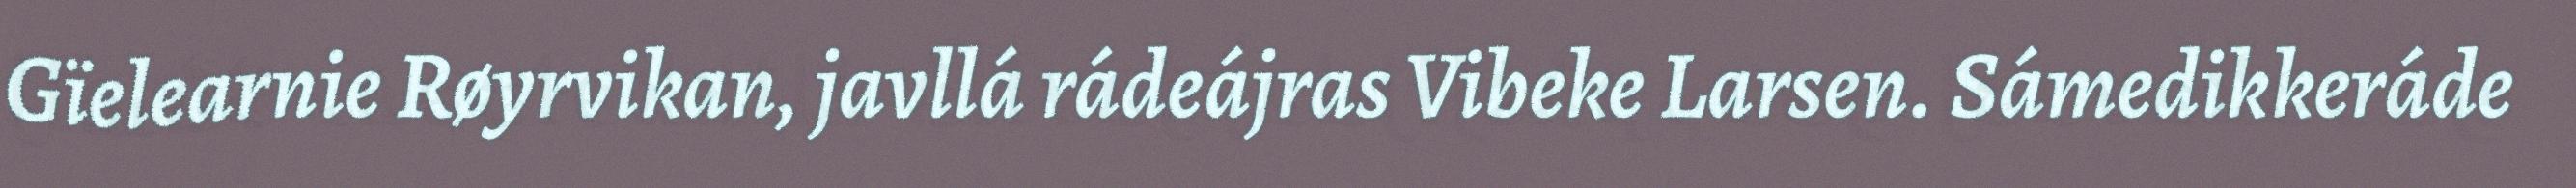
Gïelearnie Røyrvikan, javllá rádeájras Vibeke Larsen. Sámedikkeráde